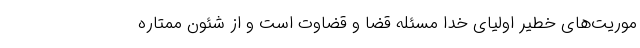
موریت‌های خطیر اولیای خدا مسئله قضا و قضاوت است و از شئون ممتاره